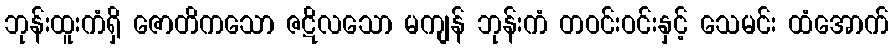
ဘုန်းထူးကံရှိ ဇောတိကသော ဇဋိလသော မကျန် ဘုန်းကံ တဝင်းဝင်းနှင့် သေမင်း ထံအောက်